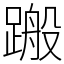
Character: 𨃟